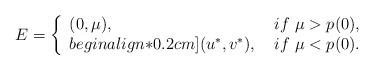
LaTeX: \begin{align*} E=\left\{ \begin{array}{ll} (0,\mu), &if\ \mu>p(0), \\begin{align*}0.2cm] (u^*,v^*),\ &if\ \mu<p(0). \end{array} \right.\end{align*}